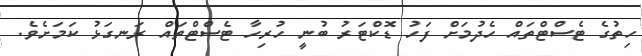
ހިތުގެ ޓެސްޓްތައް ހެދުމަށް ފަހު ޑޮކްޓަރު ބުނީ ހުރިހާ ޓެސްޓްތައް ރަނގަޅު ކަމަށެވެ.